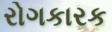
રોગકારક